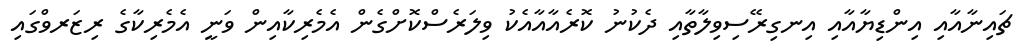
ޗައިނާއާއި އިންޑިޔާއާއި އިނގިރޭސިވިލާތާއި ދެކުނު ކޮރެއާއާއެކު ވިލަރެސްކޮށްގެން އެމެރިކާއިން ވަނީ އެމެރިކާގެ ރިޒަރވްގައި